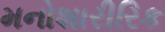
મનોશારીરિક